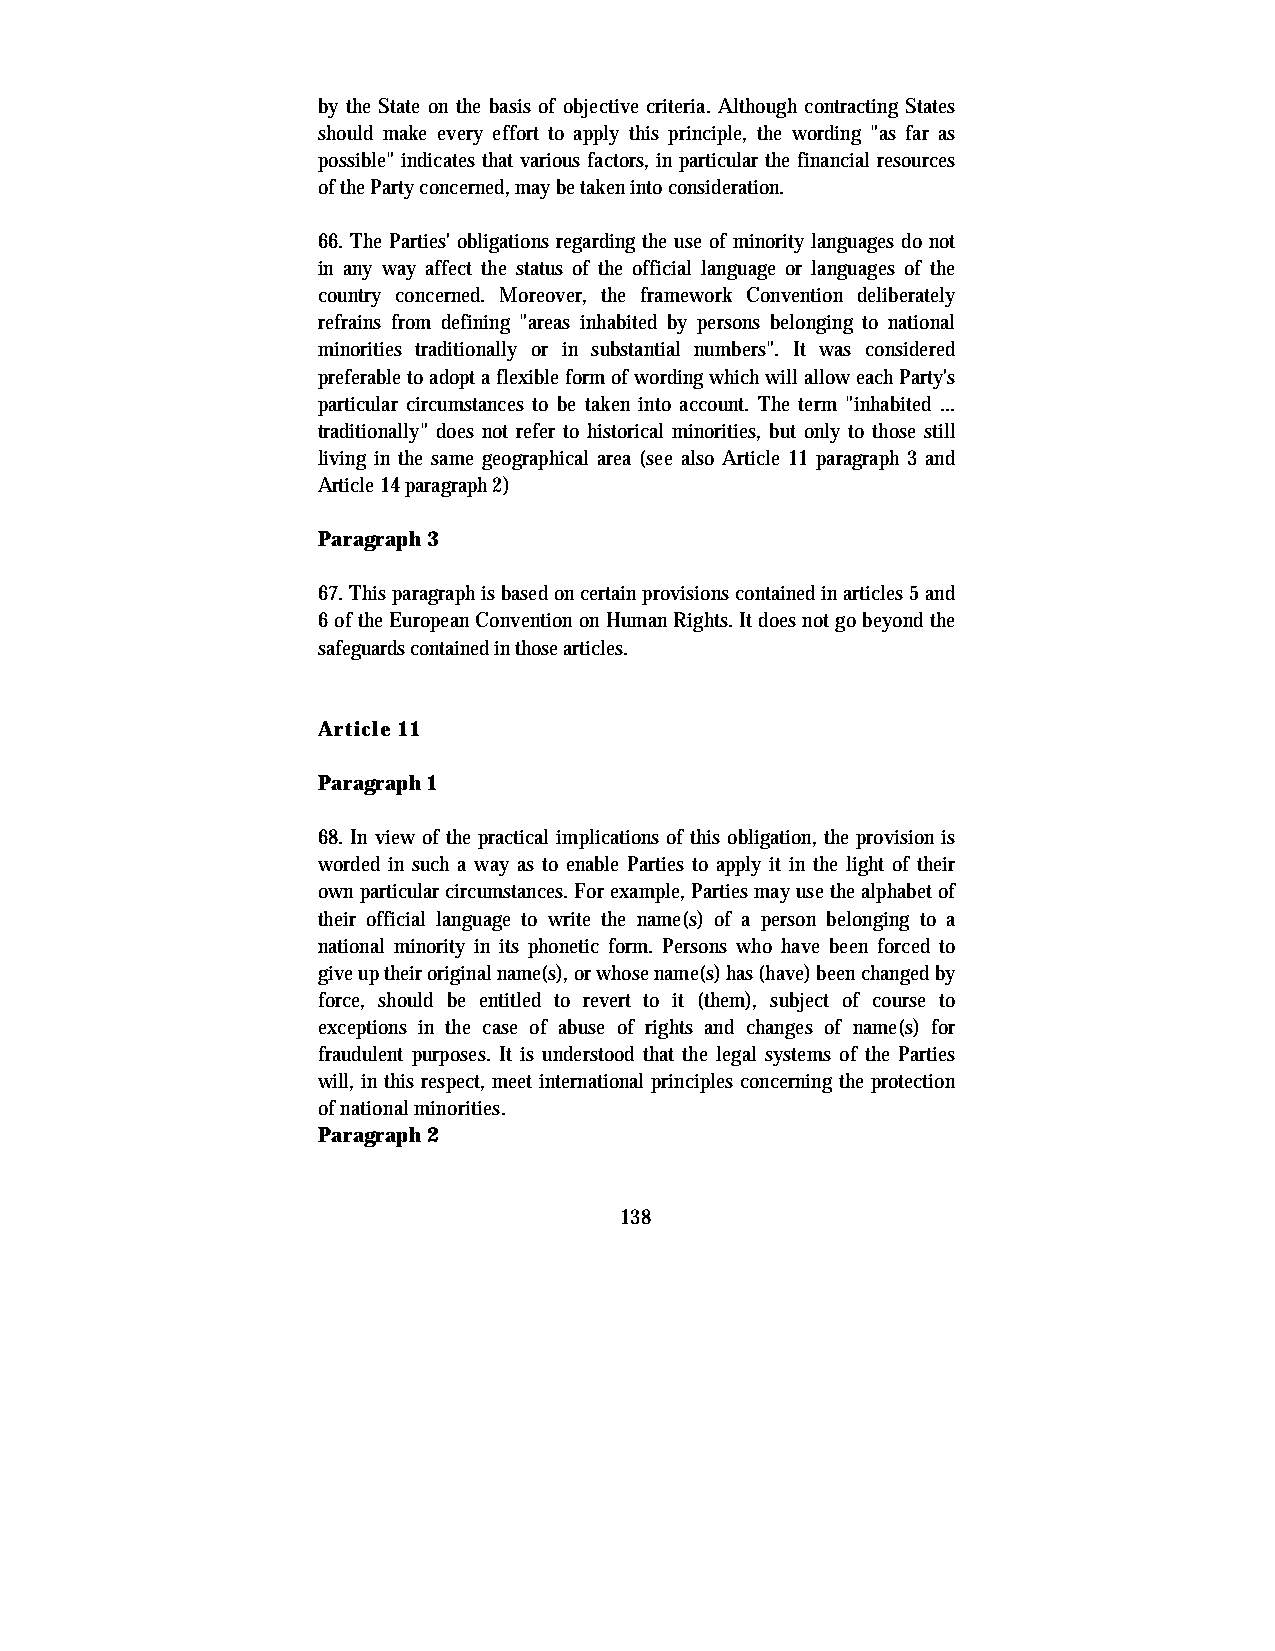
by the State on the basis of objective criteria. Although contracting States
 should make every effort to apply this principle, the wording "as far as
 possible" indicates that various factors, in particular the financial resources
 of the Party concerned, may be taken into consideration.
 66. The Parties' obligations regarding the use of minority languages do not
 in any way affect the status of the official language or languages of the
 country concerned. Moreover, the framework Convention deliberately
 refrains from defining "areas inhabited by persons belonging to national
 minorities traditionally or in substantial numbers". It was considered
 preferable to adopt a flexible form of wording which will allow each Party's
 particular circumstances to be taken into account. The term "inhabited ...
 traditionally" does not refer to historical minorities, but only to those still
 living in the same geographical area (see also Article 11 paragraph 3 and
 Article 14 paragraph 2)
 Paragraph 3
 67. This paragraph is based on certain provisions contained in articles 5 and
 6 of the European Convention on Human Rights. It does not go beyond the
 safeguards contained in those articles.
 Article 11
 Paragraph 1
 68. In view of the practical implications of this obligation, the provision is
 worded in such a way as to enable Parties to apply it in the light of their
 own particular circumstances. For example, Parties may use the alphabet of
 their official language to write the name(s) of a person belonging to a
 national minority in its phonetic form. Persons who have been forced to
 give up their original name(s), or whose name(s) has (have) been changed by
 force, should be entitled to revert to it (them), subject of course to
 exceptions in the case of abuse of rights and changes of name(s) for
 fraudulent purposes. It is understood that the legal systems of the Parties
 will, in this respect, meet international principles concerning the protection
 of national minorities.
 Paragraph 2
 138